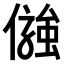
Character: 𠍋